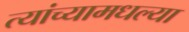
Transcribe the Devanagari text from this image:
त्यांच्यामधल्या